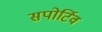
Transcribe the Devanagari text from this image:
सपोर्टिव